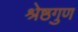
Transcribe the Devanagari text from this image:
श्रेष्ठगुण